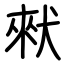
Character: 猌